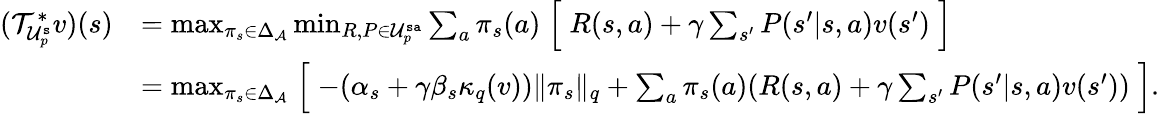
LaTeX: \begin{array}{rl}{(\mathcal{T}_{\mathcal{U}_{p}^{\mathtt{s}}}^{*}v)(s)}&{=\operatorname*{max}_{\pi_{s}\in\Delta_{\mathcal{A}}}\operatorname*{min}_{{R,P\in\mathcal{U}_{p}^{\mathtt{sa}}}}\sum_{a}\pi_{s}(a)\Bigm[R(s,a)+\gamma\sum_{s^{\prime}}P(s^{\prime}|s,a)v(s^{\prime})\Bigm]}\\ &{=\operatorname*{max}_{\pi_{s}\in\Delta_{\mathcal{A}}}\Bigm[-(\alpha_{s}+\gamma\beta_{s}\kappa_{q}(v))\lVert\pi_{s}\rVert_{q}+\sum_{a}\pi_{s}(a)(R(s,a)+\gamma\sum_{s^{\prime}}P(s^{\prime}|s,a)v(s^{\prime}))\Bigm].}\end{array}